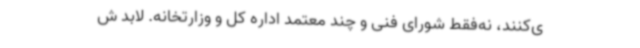
ی‌کنند، نه‌فقط شورای فنی و چند معتمد اداره کل و وزارتخانه. لابد ش